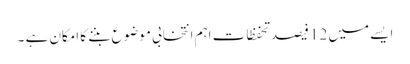
ایسے میں 12 فیصد تحفظات اہم انتخابی موضوع بننے کا امکان ہے ۔